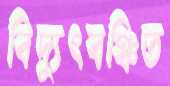
বিদ্যুৎবঞ্চিত